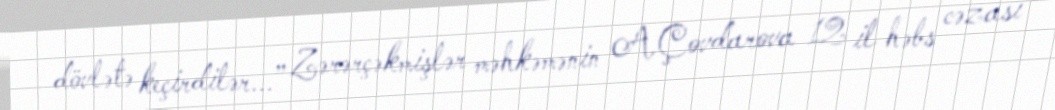
dövlətə keçirdilər...” Zərərçəkmişlər məhkəmənin A.Çovdarova 12 il həbs cəzası